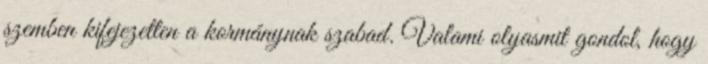
szemben kifejezetten a kormánynak szabad. Valami olyasmit gondol, hogy